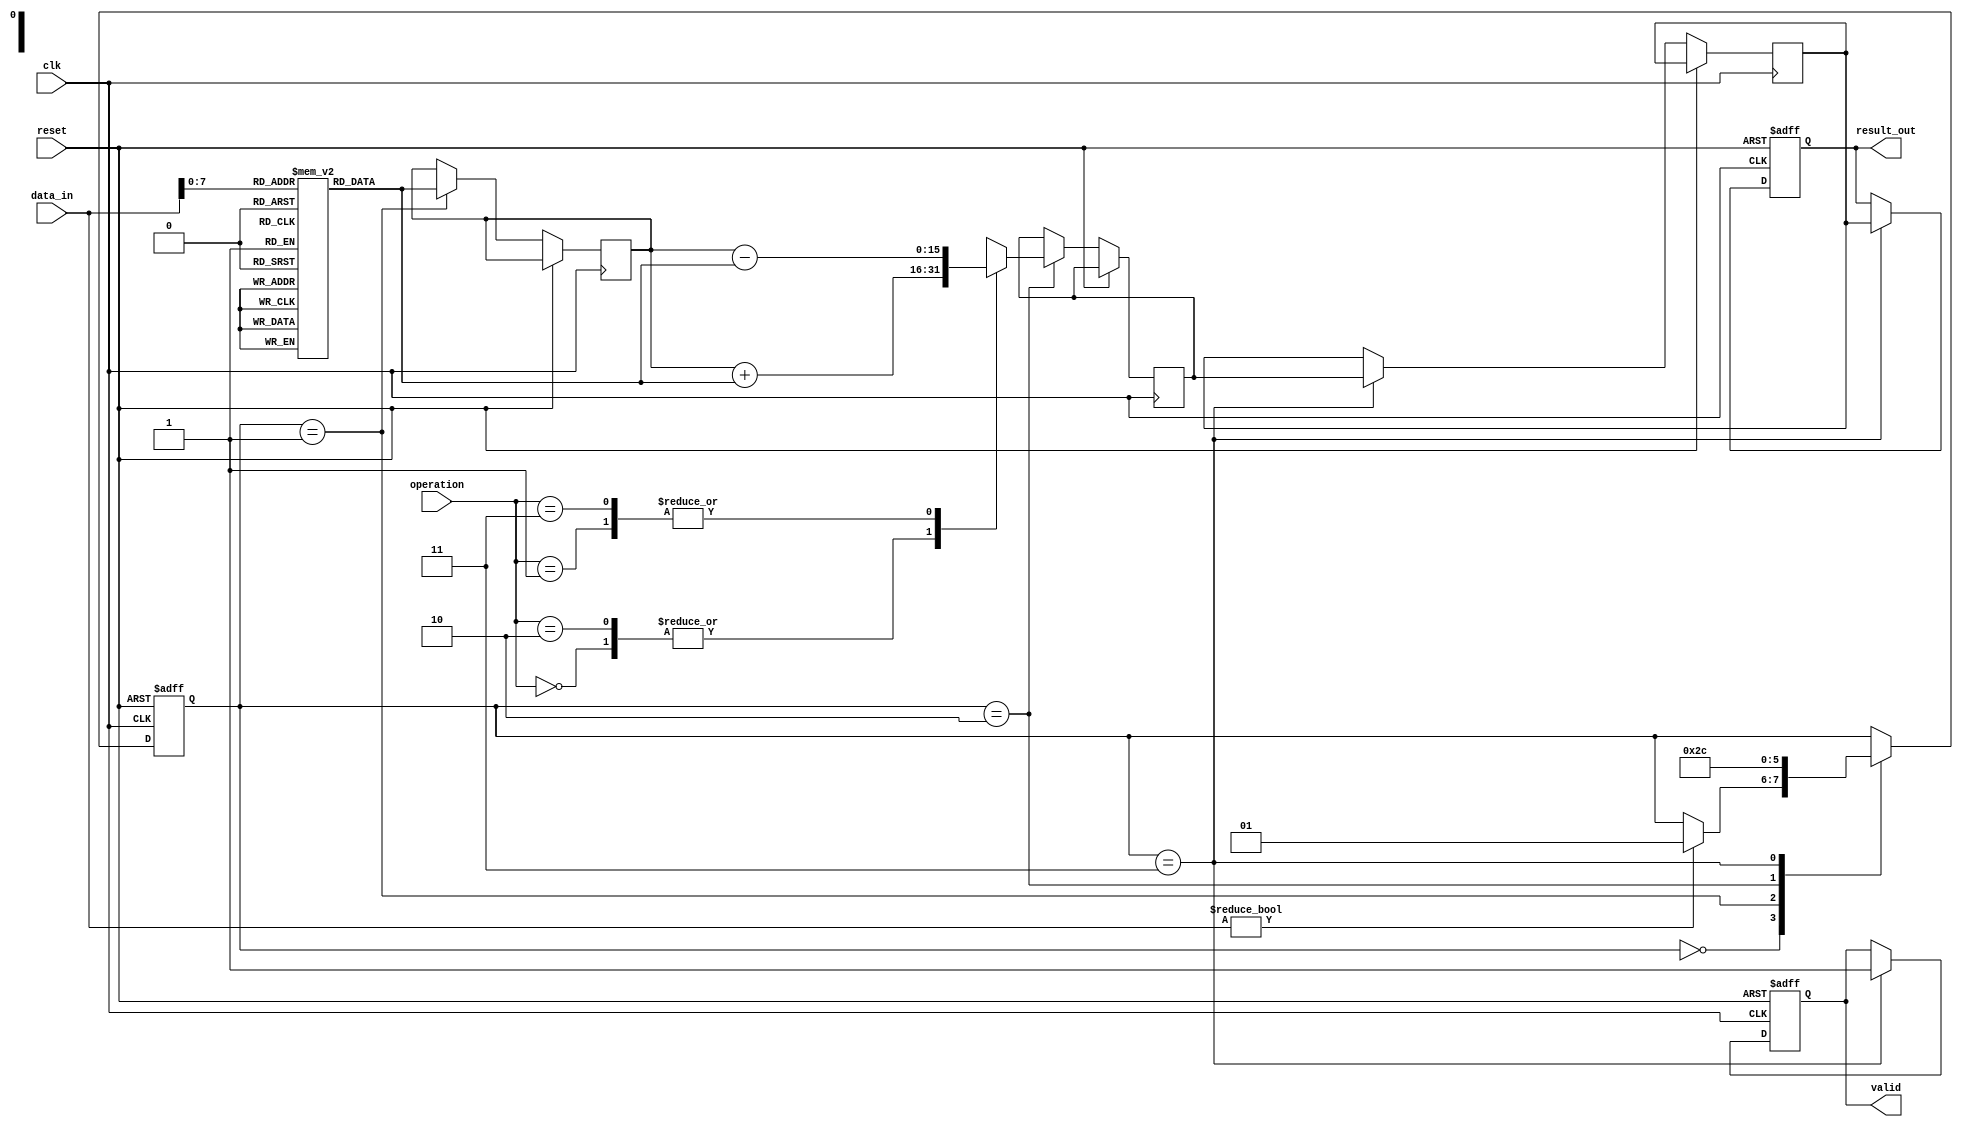
module LogarithmicArithmeticBlock #(
    parameter WIDTH = 16, // Bit-width of input data
    parameter LOG_BASE = 2 // Base for logarithm
)(
    input wire clk,
    input wire reset,
    input wire [WIDTH-1:0] data_in,
    input wire [1:0] operation, // 00: Add, 01: Subtract, 10: Multiply, 11: Divide
    output reg [WIDTH-1:0] result_out,
    output reg valid
);

    // Logarithmic conversion using a simple lookup table (LUT) for approximation
    reg [WIDTH-1:0] log_table [0:255]; // Example LUT for log conversion
    initial begin
        // Initialize the log_table with pre-computed values for log
        // This should be filled with appropriate log values based on LOG_BASE
        // For example, for base 2, log_table[i] = log2(i)
        // Only a few values shown here for illustration
        log_table[0] = 16'h0000; // log(1) = 0
        log_table[1] = 16'h0000; // log(1) = 0
        log_table[2] = 16'h0001; // log(2) = 1
        // Continue to fill this for necessary values
    end

    // Instantiate control logic (state machine)
    reg [1:0] state;
    localparam IDLE = 2'b00, LOG_CONVERT = 2'b01, ARITHMETIC_OP = 2'b10, EXP_CONVERT = 2'b11;

    // Logarithmic, arithmetic, and exponential results
    reg [WIDTH-1:0] log_result;
    reg [WIDTH-1:0] exp_result;
    reg [WIDTH-1:0] arithmetic_result;

    always @(posedge clk or posedge reset) begin
        if (reset) begin
            state <= IDLE;
            result_out <= 0;
            valid <= 0;
        end else begin
            case(state)
                IDLE: begin
                    if (data_in != 0) begin // Check for valid input
                        state <= LOG_CONVERT;
                    end
                end

                LOG_CONVERT: begin
                    // Perform logarithmic conversion
                    log_result <= log_table[data_in[7:0]]; // Example for 8 bits input
                    state <= ARITHMETIC_OP;
                end

                ARITHMETIC_OP: begin
                    case (operation)
                        2'b00: arithmetic_result <= log_result + log_table[data_in[7:0]]; // Add
                        2'b01: arithmetic_result <= log_result - log_table[data_in[7:0]]; // Subtract
                        2'b10: arithmetic_result <= log_result + log_table[data_in[7:0]]; // Multiply (log_add)
                        2'b11: arithmetic_result <= log_result - log_table[data_in[7:0]]; // Divide (log_sub)
                    endcase
                    state <= EXP_CONVERT;
                end

                EXP_CONVERT: begin
                    // Placeholder: Implement exponential conversion
                    exp_result <= arithmetic_result; // Simple passthrough for illustration
                    result_out <= exp_result; // Final result
                    valid <= 1; // Signal that output is valid
                    state <= IDLE; // Go back to IDLE
                end
            endcase
        end
    end
endmodule